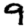
Digit: 9